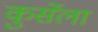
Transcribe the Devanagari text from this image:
कुर्सेला